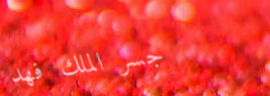
جسر الملك فهد